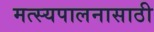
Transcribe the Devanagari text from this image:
मत्‍स्यपालनासाठी